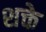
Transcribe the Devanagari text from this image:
शक्ते